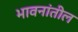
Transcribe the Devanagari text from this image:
भावनांतील